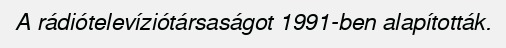
A rádiótelevíziótársaságot 1991-ben alapították.